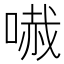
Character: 𠻏